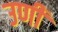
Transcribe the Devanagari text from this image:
उणीं